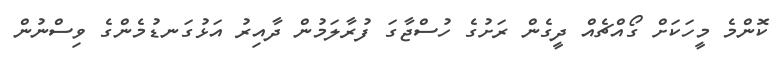
ކޮންމެ މީހަކަށް ގޯއްޗެއް ދީގެން ރަށުގެ ހުސްޖާގަ ފުރާލަމުން ދާއިރު އަޅުގަނޑުމެންގެ ވިސްނުން